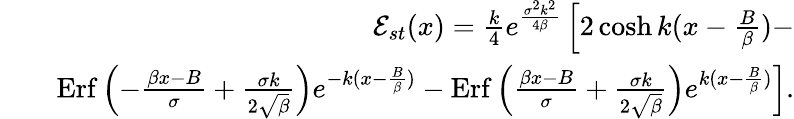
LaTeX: \begin{array}{rlr}&{}&{{\mathcal E}_{st}(x)=\frac{k}{4}e^{\frac{\sigma^{2}k^{2}}{4\beta}}\left[2\cosh k(x-\frac{B}{\beta})-\right.}\\ &{}&{\left.\mathrm{Erf}\left(-\frac{\beta x-B}{\sigma}+\frac{\sigma k}{2\sqrt{\beta}}\right)e^{-k(x-\frac{B}{\beta})}-\mathrm{Erf}\left(\frac{\beta x-B}{\sigma}+\frac{\sigma k}{2\sqrt{\beta}}\right)e^{k(x-\frac{B}{\beta})}\right].}\end{array}